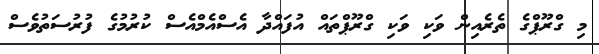
މި ގްރޫޕްގެ ތެރެއިން ވަކި ވަކި ގްރޫޕްތައް އުފައްދާ އެސްއެމްއެސް ކުރުމުގެ ފުރުސަތުވެސް